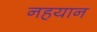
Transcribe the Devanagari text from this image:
नहयान